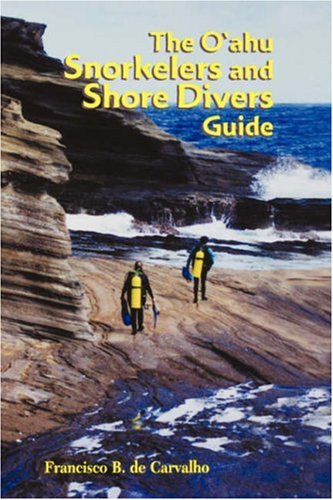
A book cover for The O'ahu Snorkelers and Shore Divers Guide; Francisco B. de Carvalho; Sports & Outdoors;